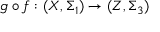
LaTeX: g \circ f : ( X , \Sigma _ { 1 } ) \to ( Z , \Sigma _ { 3 } )